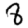
Digit: 8